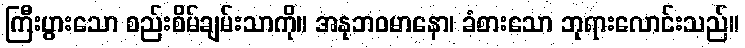
ကြီးပွားသော စည်းစိမ်ချမ်းသာကို။ အနုဘဝမာနော၊ ခံစားသော ဘုရားလောင်းသည်။